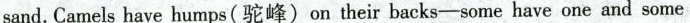
sand.Camels have humps(驼峰) on their backs-some have one and some